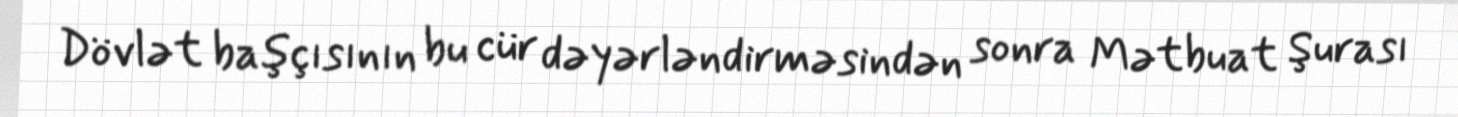
Dövlət başçısının bu cür dəyərləndirməsindən sonra Mətbuat Şurası